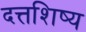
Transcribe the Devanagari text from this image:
दत्तशिष्य